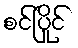
စင်ပြိုင်